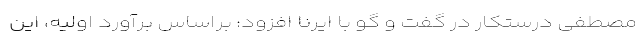
مصطفی درستکار در گفت و گو با ایرنا افزود: براساس برآورد اولیه، این